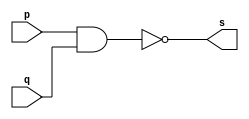
// ------------------------- 
// Exerc0001
// Nome: Pedro Henrique Vilar Locatelli 
// --------------------- 
// --------------------- 
module nandgate (output s, 
input p, 
input q); 
assign s = ~(p & q); 
endmodule // nand 
// --------------------- 
// -- test NANDgate 
// --------------------- 
module testnandgate; 
// ------------------------- dados locais 
reg a,b; // definir registrador 
wire s; // definir conexao (fio) 
// ------------------------- instancia 
nandgate NAND1 (s, a, b); 
// ------------------------- preparacao 
initial begin:start 
a= 1'b0; 
b= 1'b0;  
end 
// ------------------------- parte principal 
initial begin:main 
$display("Exerc0001 - Pedro Henrique Vilar Locatelli  - 427453"); 
$display("Test nand gate"); 
$display("\n a ^ b = s\n");
#1 $display("%b ^ %b = %b", a, b, s); 
a=1'b0; b=1'b1;
#1 $display("%b ^ %b = %b", a, b, s); 
a=1'b1; b=1'b0; 
#1 $display("%b ^ %b = %b", a, b, s); 
a=1'b1; b=1'b1; 
#1 $display("%b ^ %b = %b", a, b, s); 
end 
endmodule // testnandgate